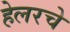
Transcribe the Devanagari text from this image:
हेलरचे